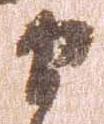
衛